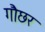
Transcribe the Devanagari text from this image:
गौछर